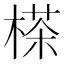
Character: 𣗪